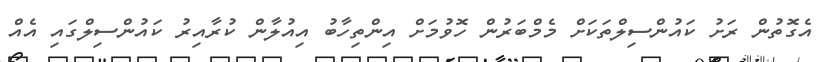
އެގޮތުން ރަށު ކައުންސިލްތަކަށް މެމްބަރުން ހޮވުމަށް އިންތިހާބު އިއުލާން ކުރާއިރު ކައުންސިލްގައި އެއް